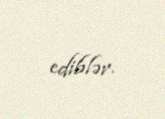
ediblər.